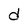
Character: d